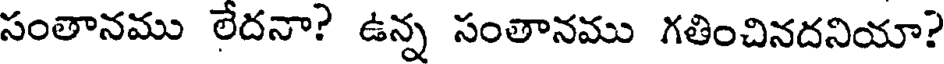
సంతానము లేదనా? ఉన్న సంతానము గతించినదనియా?